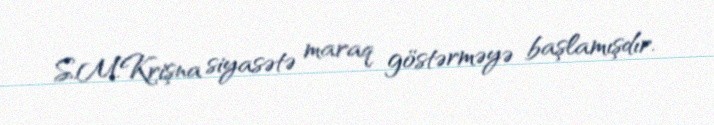
S.M.Krişna siyasətə maraq göstərməyə başlamışdır.